Vaccination Hyderabad 1872-1889 - 1872-1889
Year: 1872
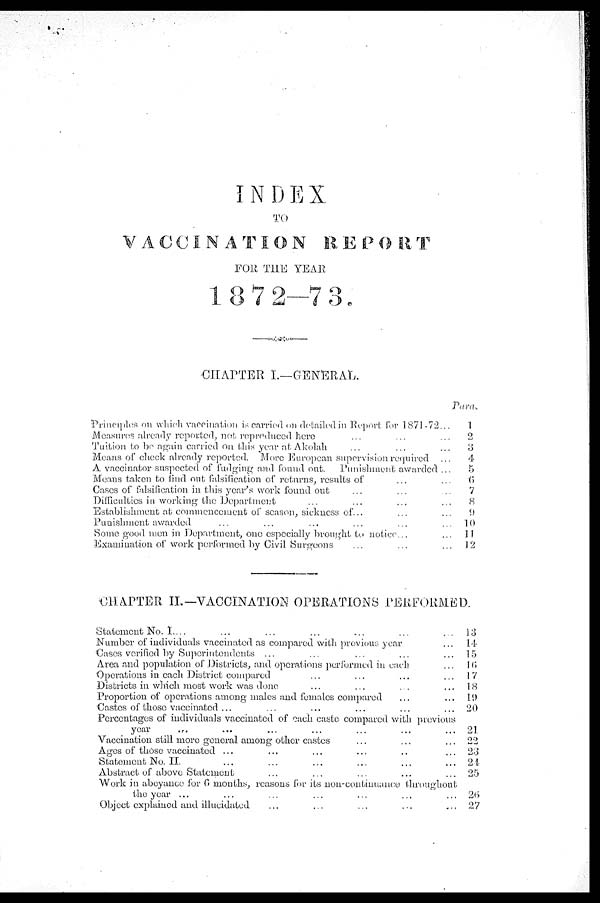
INDEX
TO
VACCINATION REPORT
FOR THE YEAR
1872—73.
CHAPTER I.—GENERAL.
Principles on which vaccination is carried on detailed in Report for 1871-72...
Measures already reported, not repredueed here ... ... ...
Tuition to be again carried on this year at Akolah ... ... ...
Means of check already reported. More European supervision required ...
A vaccinator suspected of fudging and found out. Punishment awarded ...
Means taken to find out falsification of returns, results of ... ...
Cases of falsification in this year's work found out ... ... ...
Difflculties in working the Department ... ... ...
Establishment at commeneement of season, sickness of... ... ...
Punishment awarded ... ... ...
Some good men in Department, one especially brought to notice... ...
Examination of work performed by Civil Surgeons ... ... ...
Para.
1
2
3
4
5
6
7
8
9
10
11
12
CHAPTER II—VACCINATION OPERATIONS PERFORMED.
Statement No. I.... ... ... ... ... ...
Number of individuals vaccinated as compared with previous year ...
Cases verified by Superintendents ... ... ... ... ... ...
Area and population of Districts, and operations performed in each. ...
Operations in each District compared ... ... ...
Districts in which most work was done ... ... ...
Proportion of operations among males and females compared ... ...
Castes of those vaccinated ... ... ... ... ... ... ...
Percentages of individuals vaccinated of each caste compared with previous
year ... ... ... ... ... ...
Vaccination still more general among other castes ... ... ... ...
Ages of those vaccinated ... ... ... ... ... ...
Statement No. II. ... ... ... ... ... ...
Abstract of above Statement ... ... ... ... ...
Work in abeyance for 6 months, reasons for its non-continumco throughout
the year ... ... ... ... ... ...
Object explained and illucidated ... ... ... ... ...
13
14
15
16
17
18
19
20
21
22
23
24
25
26
27